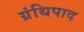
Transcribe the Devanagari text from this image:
ग्रंथिपाद